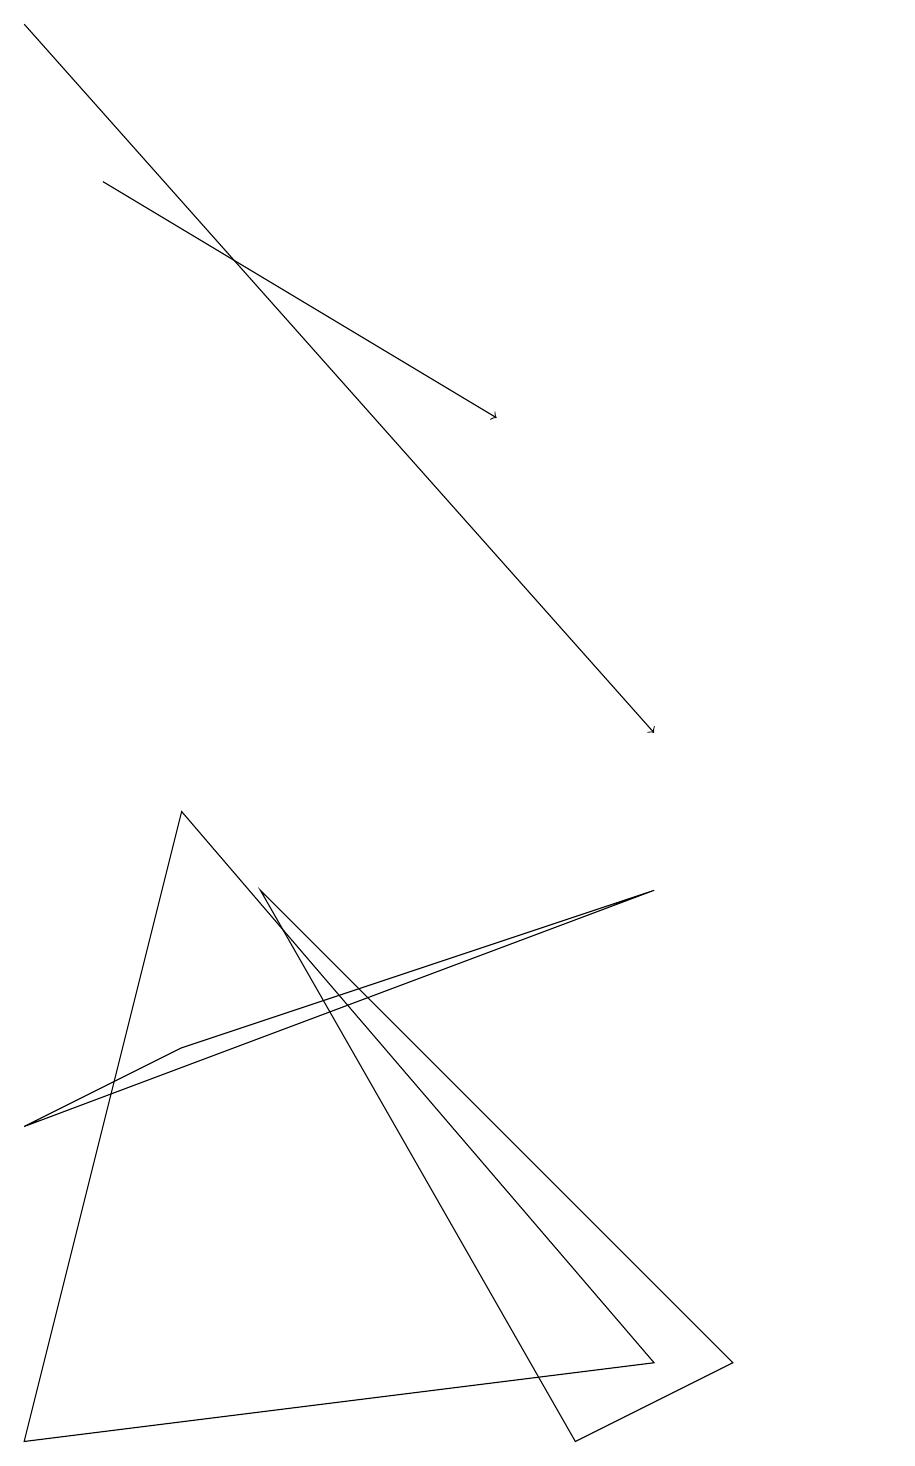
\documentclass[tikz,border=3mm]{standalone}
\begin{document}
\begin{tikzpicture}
\draw (8,2) -- (0,1) -- (2,9) -- cycle;
\draw (8,8) -- (0,5) -- (2,6) -- cycle;
\draw (7,1) -- (9,2) -- (3,8) -- cycle;
\draw (11,11) circle (0);
\draw[->] (0,19) -- (8,10);
\draw[->] (1,17) -- (6,14);
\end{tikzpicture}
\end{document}